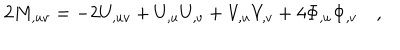
LaTeX: 2 M _ { , u v } = - 2 U _ { , u v } + U _ { , u } U _ { , v } + V _ { , u } V _ { , v } + 4 \Phi _ { , u } \Phi _ { , v } \quad ,